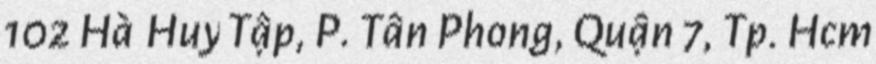
102 Hà Huy Tập, P. Tân Phong, Quận 7, Tp. Hcm